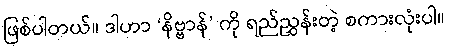
ဖြစ်ပါတယ်။ ဒါဟာ ‘နိဗ္ဗာန်’ ကို ရည်ညွှန်းတဲ့ စကားလုံးပါ။